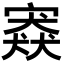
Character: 𡪱